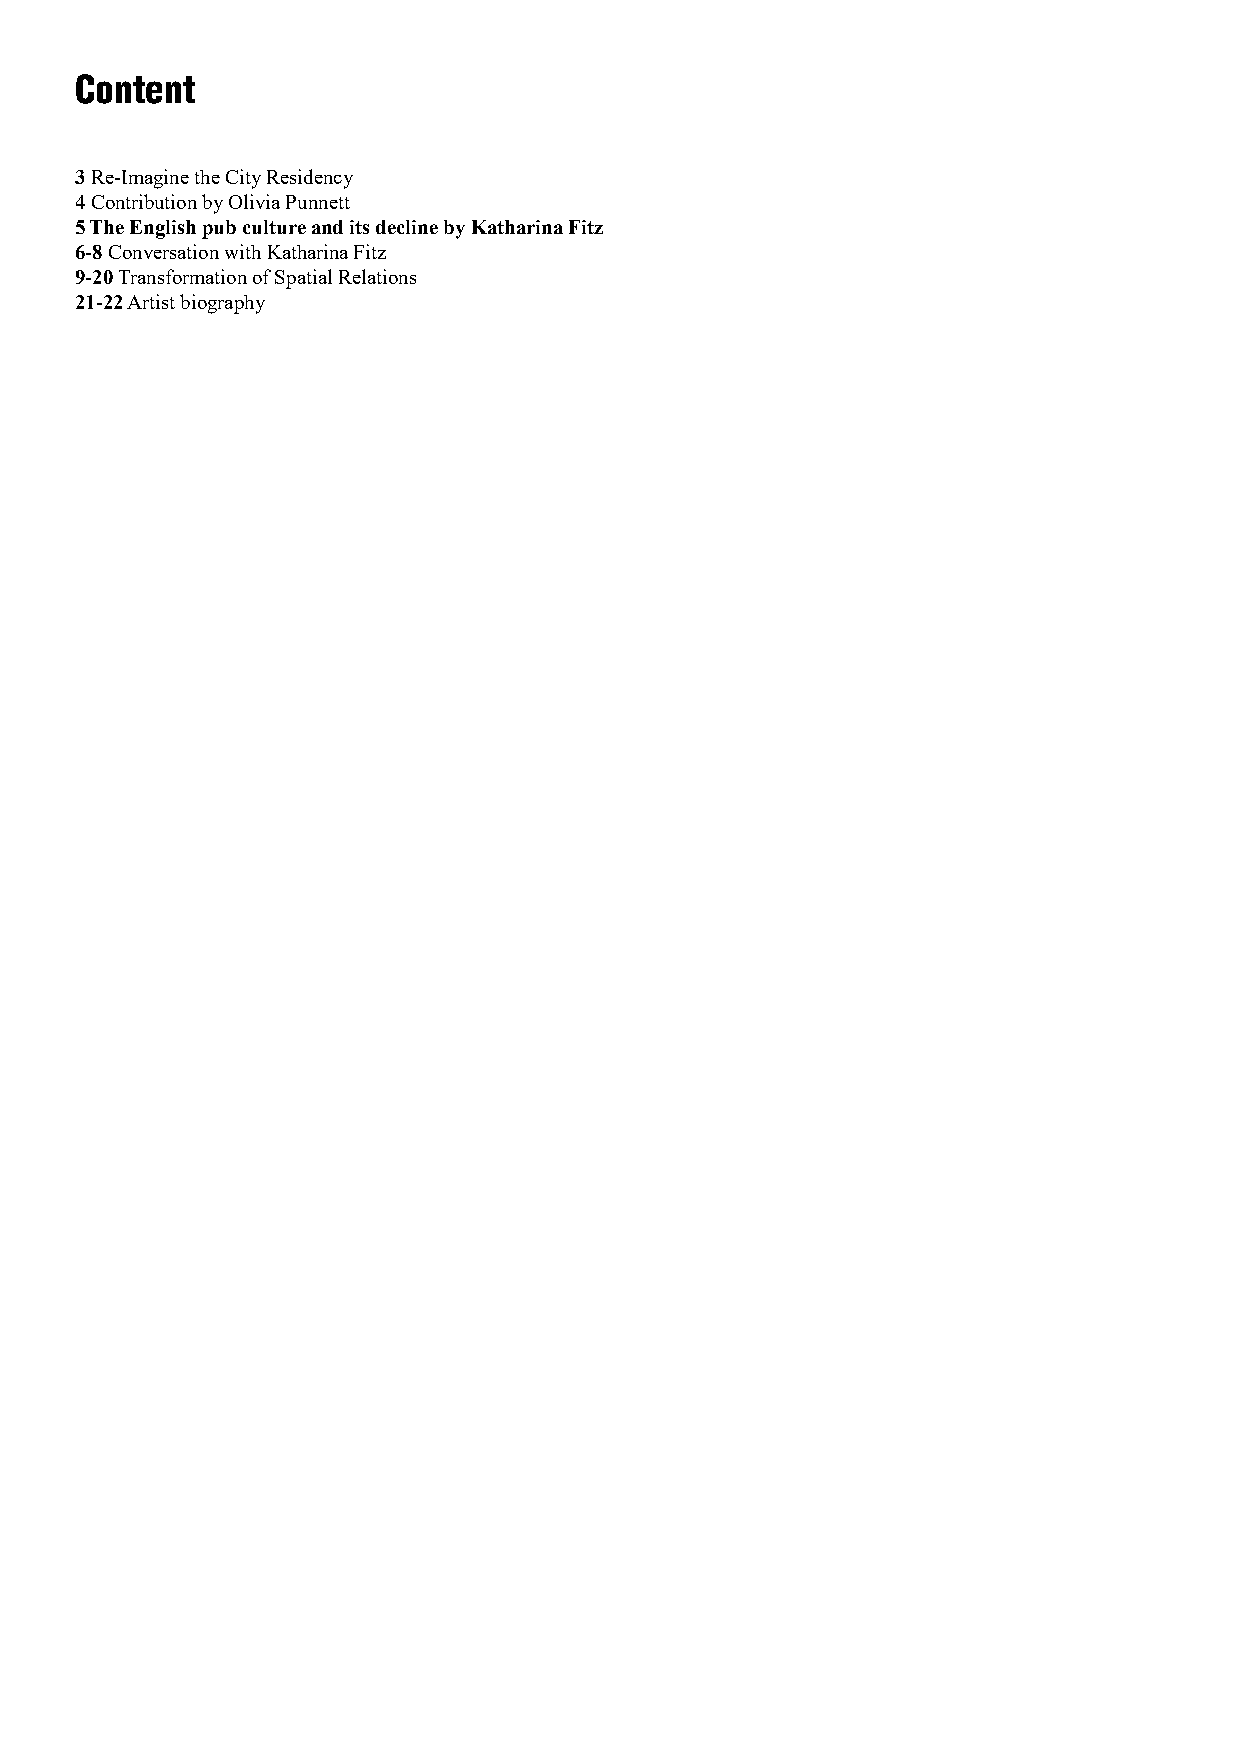
Content
 3 Re-Imagine the City Residency
 4 Contribution by Olivia Punnett
 5 The English pub culture and its decline by Katharina Fitz
 6-8 Conversation with Katharina Fitz
 9-20 Transformation of Spatial Relations
 21-22 Artist biography